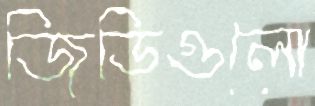
জিডিগুলো